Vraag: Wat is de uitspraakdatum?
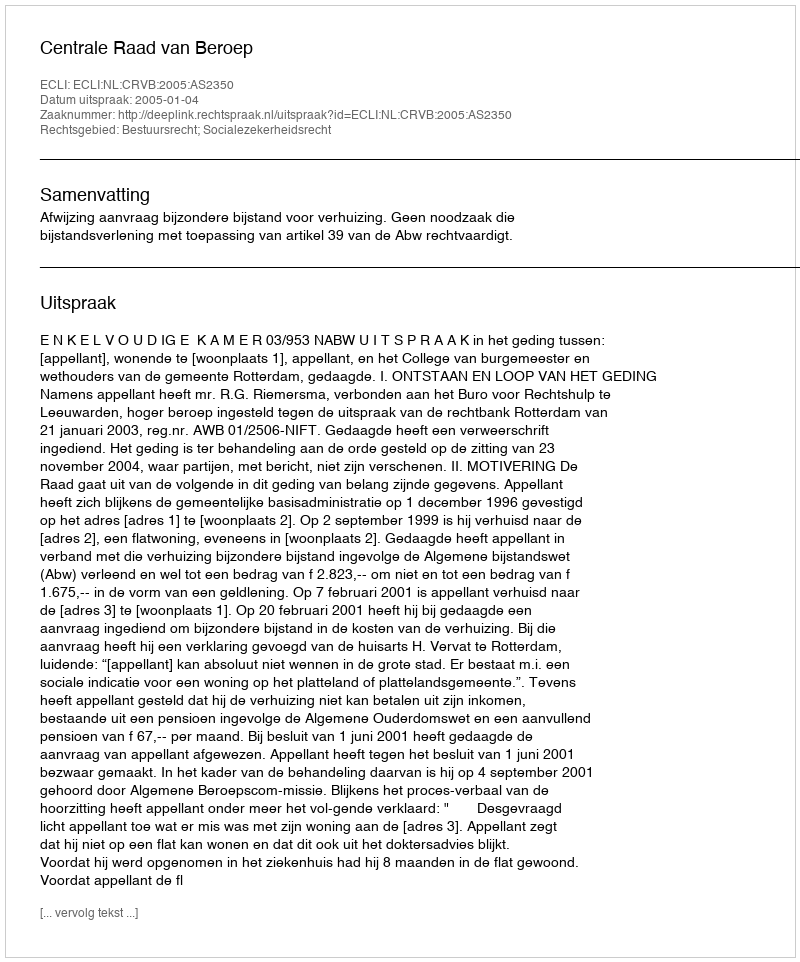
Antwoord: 2005-01-04